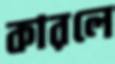
কারলে